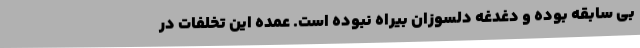
بی سابقه بوده و دغدغه دلسوزان بیراه نبوده است. عمده این تخلفات در